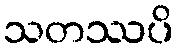
သတဿပိ